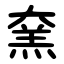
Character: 㚠